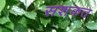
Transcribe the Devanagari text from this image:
सशकत